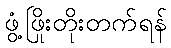
ဖွံ့ဖြိုးတိုးတက်ရန်